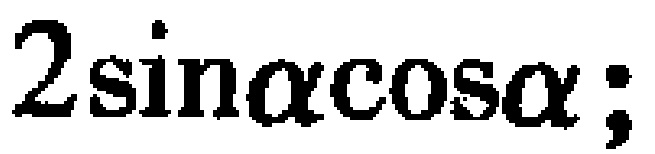
$2\sin\alpha\cos\alpha;$